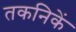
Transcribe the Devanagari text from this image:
तकनिकें